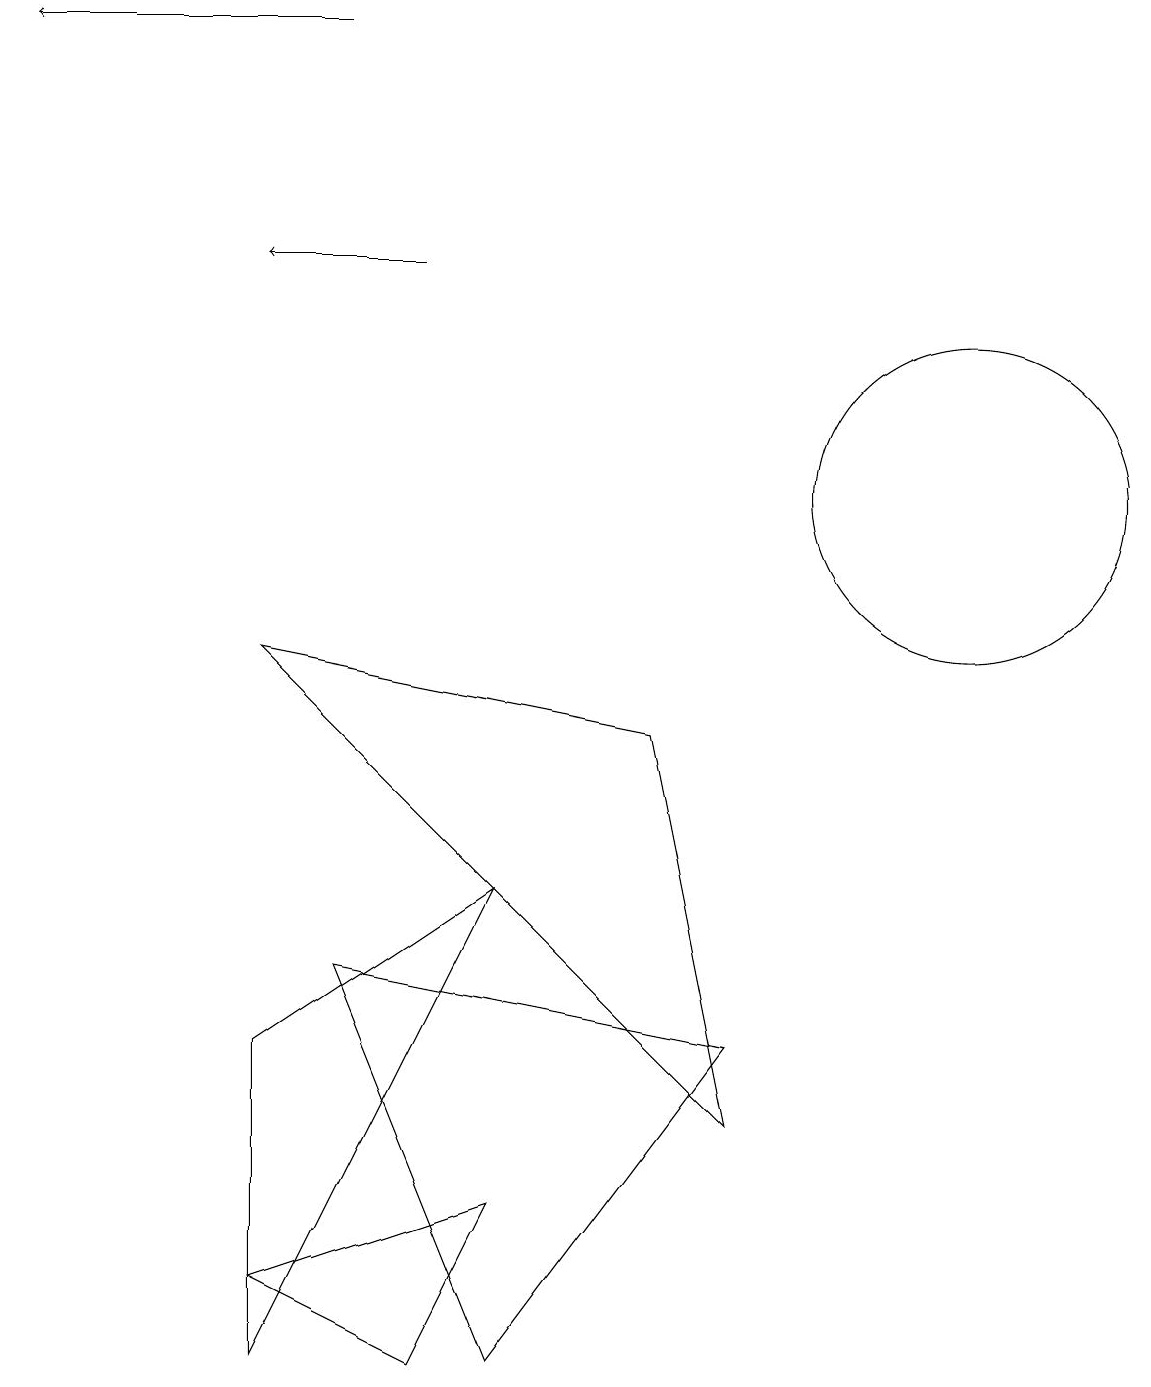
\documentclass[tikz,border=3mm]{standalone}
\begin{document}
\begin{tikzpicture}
\draw[->] (5,14) -- (3,14);
\draw[->] (4,17) -- (0,17);
\draw (3,0) -- (6,6) -- (3,4) -- cycle;
\draw (6,0) -- (4,5) -- (9,4) -- cycle;
\draw (12,11) circle (2);
\draw (3,1) -- (6,2) -- (5,0) -- cycle;
\draw (3,9) -- (8,8) -- (9,3) -- cycle;
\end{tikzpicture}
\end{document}